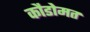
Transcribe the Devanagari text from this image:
कौडोमत